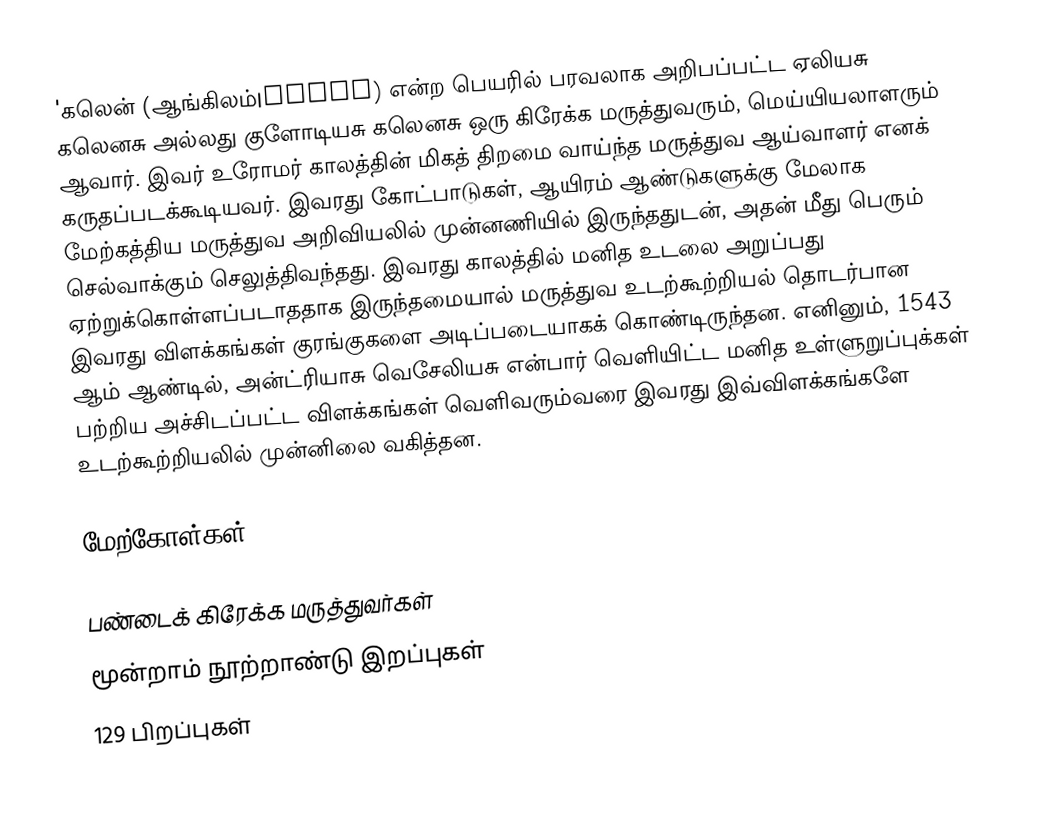
'கலென் (ஆங்கிலம்|Galen) என்ற பெயரில் பரவலாக அறிபப்பட்ட ஏலியசு கலெனசு அல்லது குளோடியசு கலெனசு ஒரு கிரேக்க மருத்துவரும், மெய்யியலாளரும் ஆவார். இவர் உரோமர் காலத்தின் மிகத் திறமை வாய்ந்த மருத்துவ ஆய்வாளர் எனக் கருதப்படக்கூடியவர். இவரது கோட்பாடுகள், ஆயிரம் ஆண்டுகளுக்கு மேலாக மேற்கத்திய மருத்துவ அறிவியலில் முன்னணியில் இருந்ததுடன், அதன் மீது பெரும் செல்வாக்கும் செலுத்திவந்தது. இவரது காலத்தில் மனித உடலை அறுப்பது ஏற்றுக்கொள்ளப்படாததாக இருந்தமையால் மருத்துவ உடற்கூற்றியல் தொடர்பான இவரது விளக்கங்கள் குரங்குகளை அடிப்படையாகக் கொண்டிருந்தன. எனினும், 1543 ஆம் ஆண்டில், அன்ட்ரியாசு வெசேலியசு என்பார் வெளியிட்ட மனித உள்ளுறுப்புக்கள் பற்றிய அச்சிடப்பட்ட விளக்கங்கள் வெளிவரும்வரை இவரது இவ்விளக்கங்களே உடற்கூற்றியலில் முன்னிலை வகித்தன.

மேற்கோள்கள்

பண்டைக் கிரேக்க மருத்துவர்கள்
மூன்றாம் நூற்றாண்டு இறப்புகள்
129 பிறப்புகள்